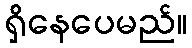
ရှိနေပေမည်။